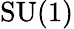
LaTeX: \mathrm{SU}(1)